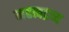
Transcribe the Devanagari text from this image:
महत्वद्रव्य